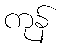
ကုန်